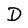
Character: D